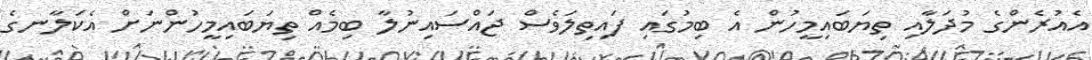
އެއުރެންގެ މުދަލާއި ތިޔަބައިމީހުން އެ ބިމުގައި ފައިތިލަވެސް ޖައްސައިނުލާ ބިމެއް ތިޔަބައިމީހުންނަށް އެކަލާނގެ